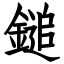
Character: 鎚